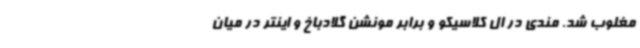
مغلوب شد. مندی در ال کلاسیکو و برابر مونشن گلادباخ و اینتر در میان